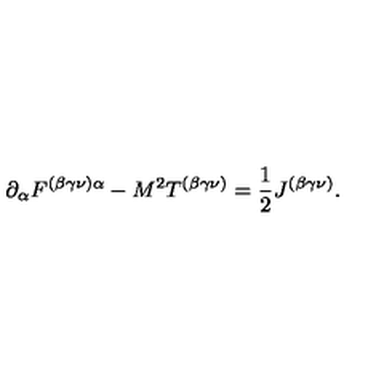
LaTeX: \partial _ { \alpha } F ^ { ( \beta \gamma \nu ) \alpha } - M ^ { 2 } T ^ { ( \beta \gamma \nu ) } = \frac { 1 } { 2 } J ^ { ( \beta \gamma \nu ) } .